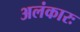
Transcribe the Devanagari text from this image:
अलंकारः